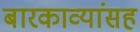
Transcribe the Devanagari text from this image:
बारकाव्यांसह